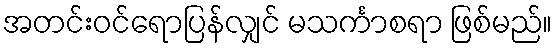
အတင်းဝင်ရောပြန်လျှင် မသင်္ကာစရာ ဖြစ်မည်။